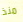
منذ